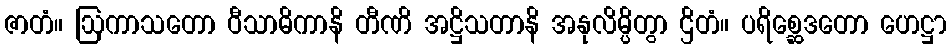
ဇာတံ။ ဩကာသတော ဝီသာဓိကာနိ တီဏိ အဋ္ဌိသတာနိ အနုလိမ္ပိတွာ ဌိတံ။ ပရိစ္ဆေဒတော ဟေဋ္ဌာ